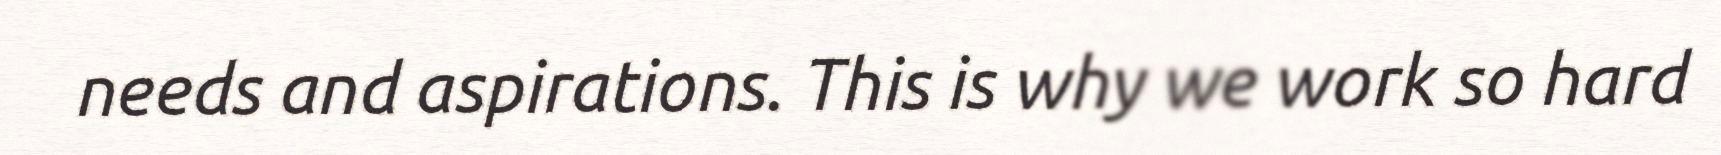
needs and aspirations. This is why we work so hard